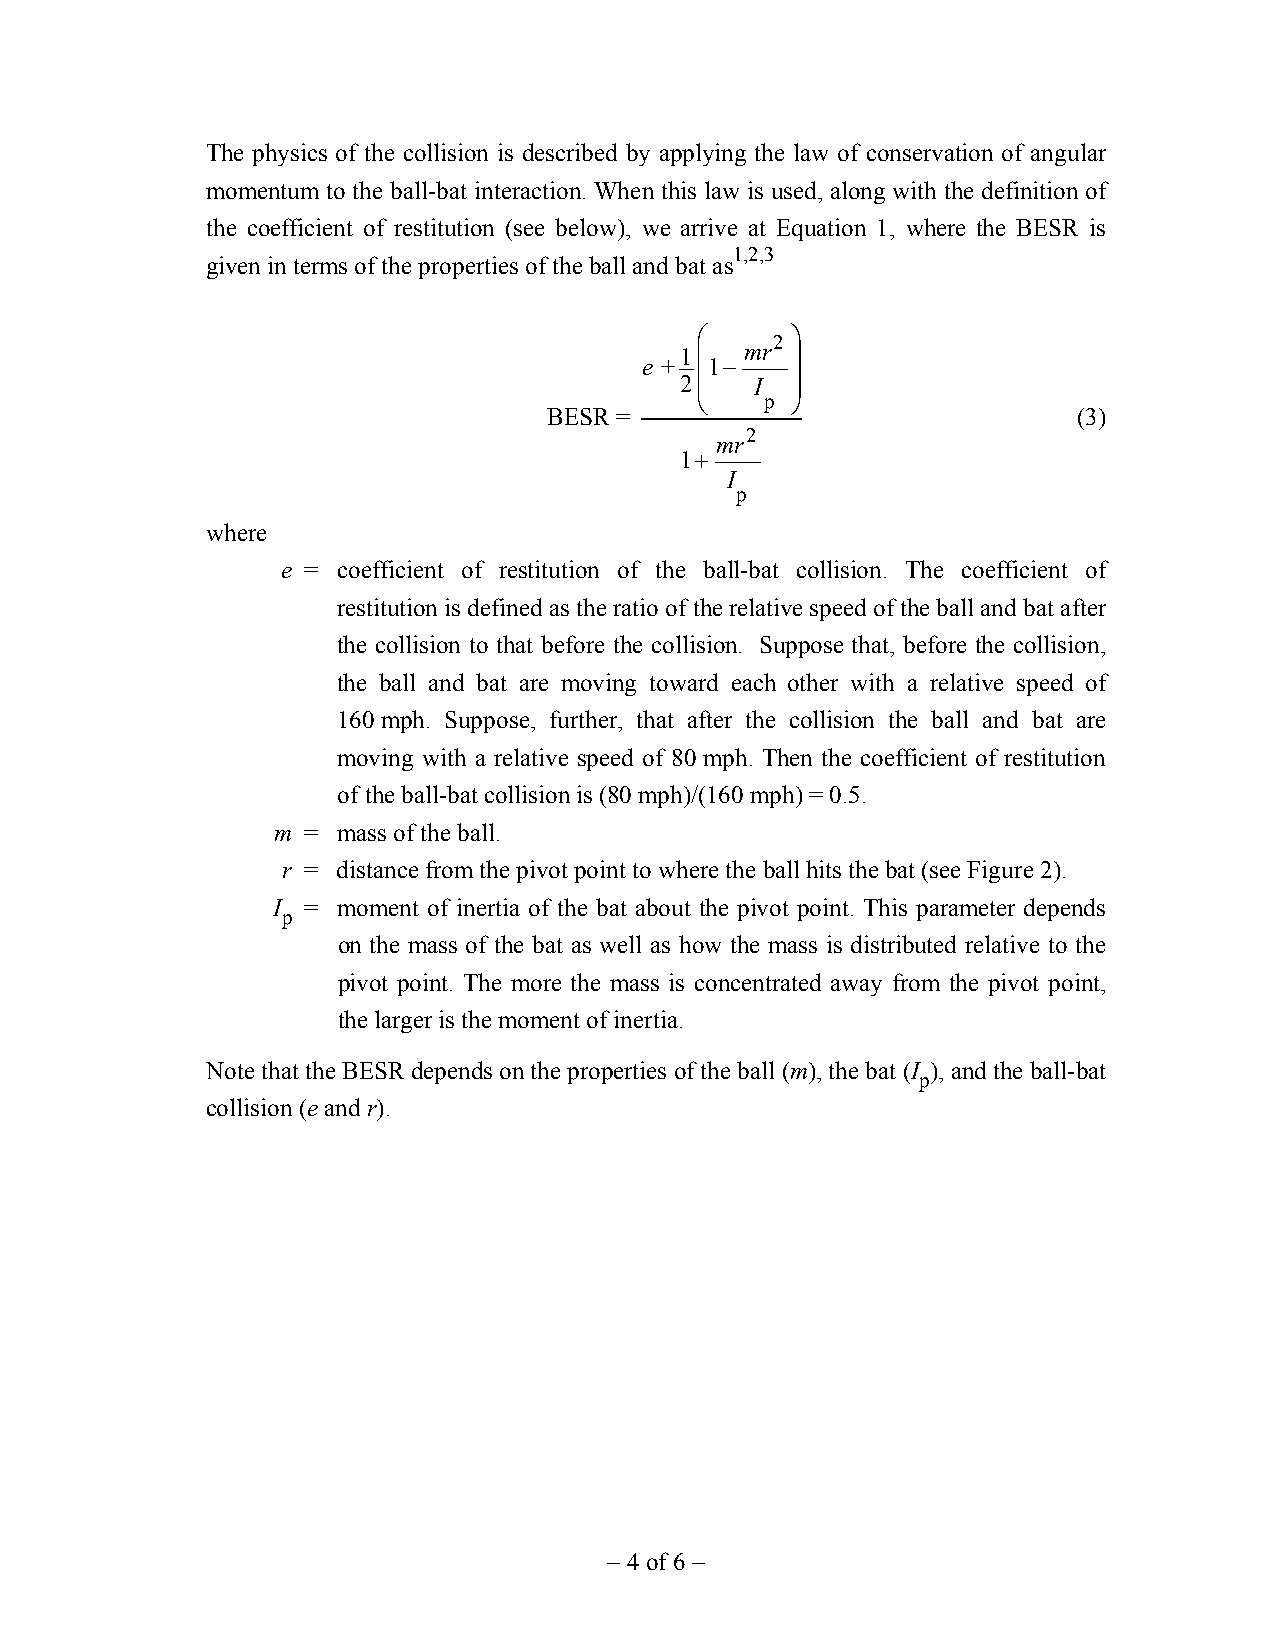
The physics of the collision is described by applying the law of conservation of angular
 momentum to the ball-bat interaction. When this law is used, along with the definition of
 the coefficient of restitution (see below), we arrive at Equation 1, where the BESR is
 1,2,3
 given in terms of the properties of the ball and bat as
     2 
 e +11− mr 
 2   I 
     p 
 BESR =                             (3)
 2
 mr
 1+
 I
 p
 where
 e = coefficient of restitution of the ball-bat collision. The coefficient of
 restitution is defined as the ratio of the relative speed of the ball and bat after
 the collision to that before the collision. Suppose that, before the collision,
 the ball and bat are moving toward each other with a relative speed of
 160 mph. Suppose, further, that after the collision the ball and bat are
 moving with a relative speed of 80 mph. Then the coefficient of restitution
 of the ball-bat collision is (80 mph)/(160 mph) = 0.5.
 m = mass of the ball.
 r = distance from the pivot point to where the ball hits the bat (see Figure 2).
 I = moment of inertia of the bat about the pivot point. This parameter depends
 p
 on the mass of the bat as well as how the mass is distributed relative to the
 pivot point. The more the mass is concentrated away from the pivot point,
 the larger is the moment of inertia.
 Note that the BESR depends on the properties of the ball (m), the bat (I ), and the ball-bat
 p
 collision (e and r).
 − 4 of 6 −